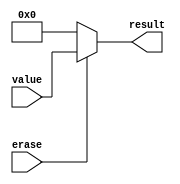
module eraser(value, erase, result);
/*
	Eraser
	it's used to erase or pass the input value based on erase signal
	if erase is 1 then it passes value otherwise it erases
*/
parameter SIZE = 32;
input [SIZE - 1 : 0] value;
input erase;	//low active input, erase signal
output [SIZE - 1 : 0] result;

assign result = (erase) ? value : 0;

endmodule // Eraser